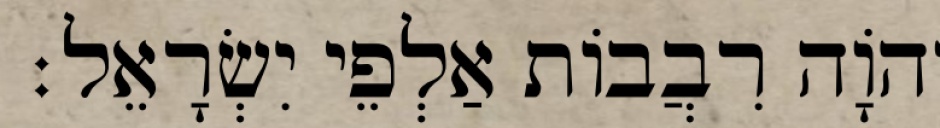
יְהֹוָה רִבֲבוֹת אַלְפֵי יִשְׂרָאֵל׃